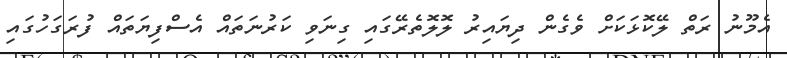
އެމޫނު ރަތް ލޭކޮޅަކަށް ވެގެން ދިޔައިރު ލޮލޮތެރޭގައި ގިނަވި ކަރުނަތައް އެސްފިޔަތައް ފުރަގަހުގައި